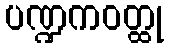
ပဏ္ဍကဝတ္ထု